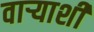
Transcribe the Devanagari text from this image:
वाऱ्याशी